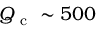
\ensuremath { Q _ { \mathrm { ~ c ~ } } } \sim 5 0 0